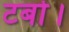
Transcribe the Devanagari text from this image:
टर्बो।